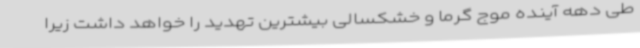
طی دهه آینده موج گرما و خشکسالی بیشترین تهدید را خواهد داشت زیرا